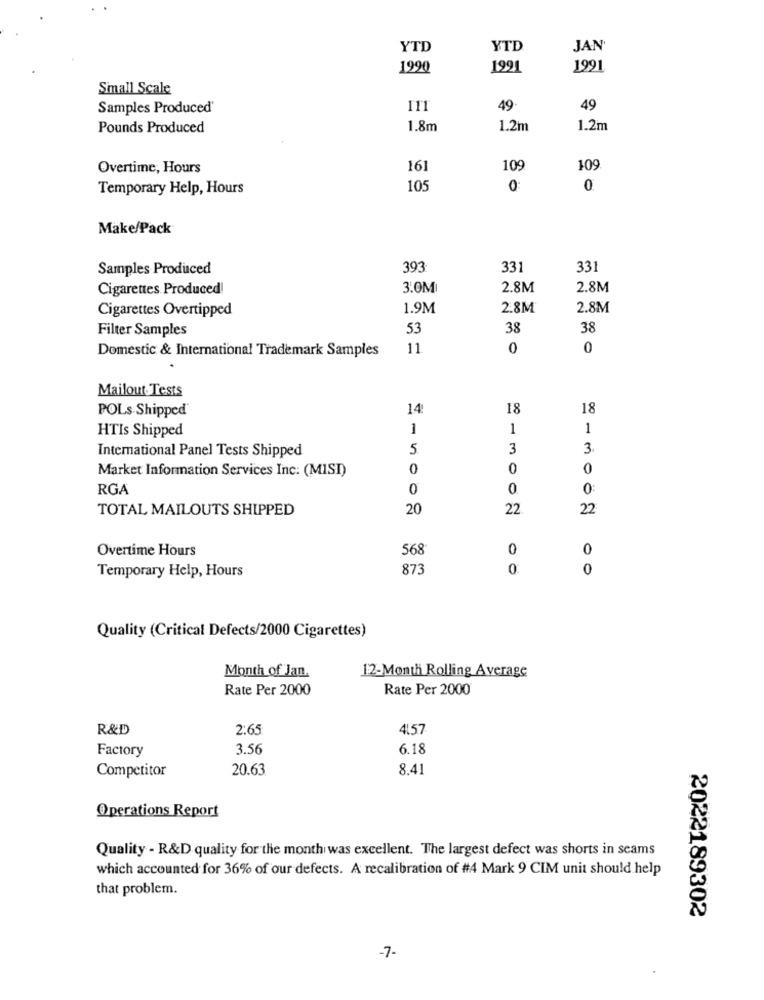
YTD
YTD
JAN'
1990
1991
1991
Small Scale
Samples Produced'
111
49
49
Pounds Produced
1.8m
1.2m
1.2m
Overtime, Hours
161
109
109
Temporary Help, Hours
105
0
0
Make/Pack
Samples Produced
393
331
331
Cigarettes Produced!
3.0M
2.8M
2.8M
Cigarettes Overtipped
1.9M
2.8M
2.8M
Filter Samples
53
38
38
Domestic & International Trademark Samples
11
0
0
Mailout Tests
POLs Shipped®
14
18
18
HTIs Shipped
1
1
1
International Panel Tests Shipped
5.
3
3
Market Information Services Inc: (MISI)
0
0
RGA
0
0.
0
TOTAL MAILOUTS SHIPPED
20
22
22
Overtime Hours
568
0
0
Temporary Help, Hours
873
0
0
Quality (Critical Defects/2000 Cigarettes)
Month of Jan.
12-Month Rolling Average
Rate Per 2000
Rate Per 2000
R&D
2.65
4.57
Factory
3.56
6.18
Competitor
20.63
8.41
Operations Report
Quality - R&D quality for the month was excellent. The largest defect was shorts in seams
which accounted for 36% of our defects. A recalibration of #4 Mark 9 CIM unit should help
that problem.
2022189302
-7-